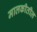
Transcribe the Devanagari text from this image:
मालकीतील